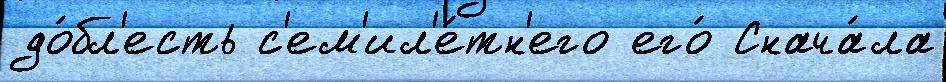
до́бл'есть с'ем'ил'е́тн'его его́ Снача́ла